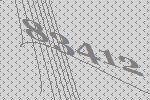
83412